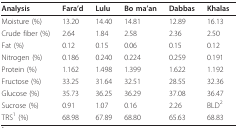
| Analysis | Fara'd | Lulu | Bo ma'an | Dabbas | Khalas |
 | --- | --- | --- | --- | --- | --- |
 | Moisture (%) | 13.20 | 14.40 | 14.81 | 12.89 | 16.13 |
 | Crude fiber (%) | 2.64 | 1.84 | 2.58 | 2.36 | 2.50 |
 | Fat (%) | 0.12 | 0.15 | 0.06 | 0.15 | 0.12 |
 | Nitrogen (%) | 0.186 | 0.240 | 0.224 | 0.259 | 0.191 |
 | Protein (%) | 1.162 | 1.498 | 1.399 | 1.622 | 1.192 |
 | Fructose (%) | 33.25 | 31.64 | 32.51 | 28.55 | 32.36 |
 | Glucose (%) | 35.73 | 36.25 | 36.29 | 37.08 | 36.47 |
 | Sucrose (%) | 0.91 | 1.07 | 0.16 | 2.26 | BLD2 |
 | TRS1 (%) | 68.98 | 67.89 | 68.80 | 65.63 | 68.83 |